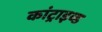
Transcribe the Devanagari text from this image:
कांट्राइव्ड